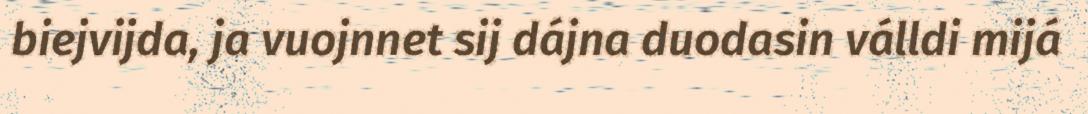
biejvijda, ja vuojnnet sij dájna duodasin válldi mijá